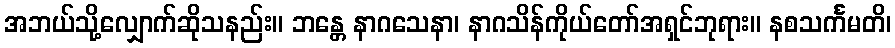
အဘယ်သို့လျှောက်ဆိုသနည်း။ ဘန္တေ နာဂသေနာ၊ နာဂသိန်ကိုယ်တော်အရှင်ဘုရား။ နစသင်္ကမတိ၊